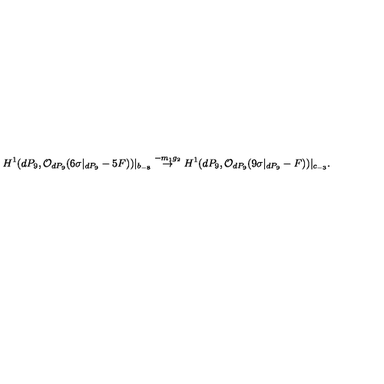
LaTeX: H ^ { 1 } ( d P _ { 9 } , { \cal O } _ { d P _ { 9 } } ( 6 \sigma | _ { d P _ { 9 } } - 5 F ) ) | _ { b _ { - 8 } } \stackrel { - m _ { 1 } g _ { 2 } } { \rightarrow } H ^ { 1 } ( d P _ { 9 } , { \cal O } _ { d P _ { 9 } } ( 9 \sigma | _ { d P _ { 9 } } - F ) ) | _ { c _ { - 3 } } .